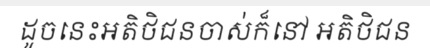
ដូចនេះអតិថិជនចាស់ក៏នៅ អតិថិជន